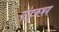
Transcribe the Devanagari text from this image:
पांडुकभय